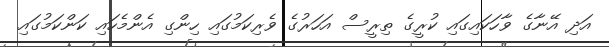
އަދި އޭނާގެ ވާހަކައިގައި ކުރީގެ ތިރީސް އަހަރުގެ ވެރިކަމުގައި ހިންގި އެންމެހައި ކަންކަމުގައި